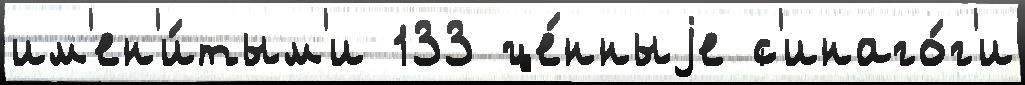
им'ен'и́тым'и 133 це́нныjе с'инаго́г'и